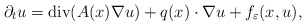
\begin{align*}\partial _t u= \mbox{div} (A (x) \nabla u) + q (x) \cdot \nabla u + f_\varepsilon ( x,u),\end{align*}